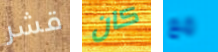
قشر كان مع